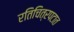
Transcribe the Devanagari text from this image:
रतिचित्रपटात